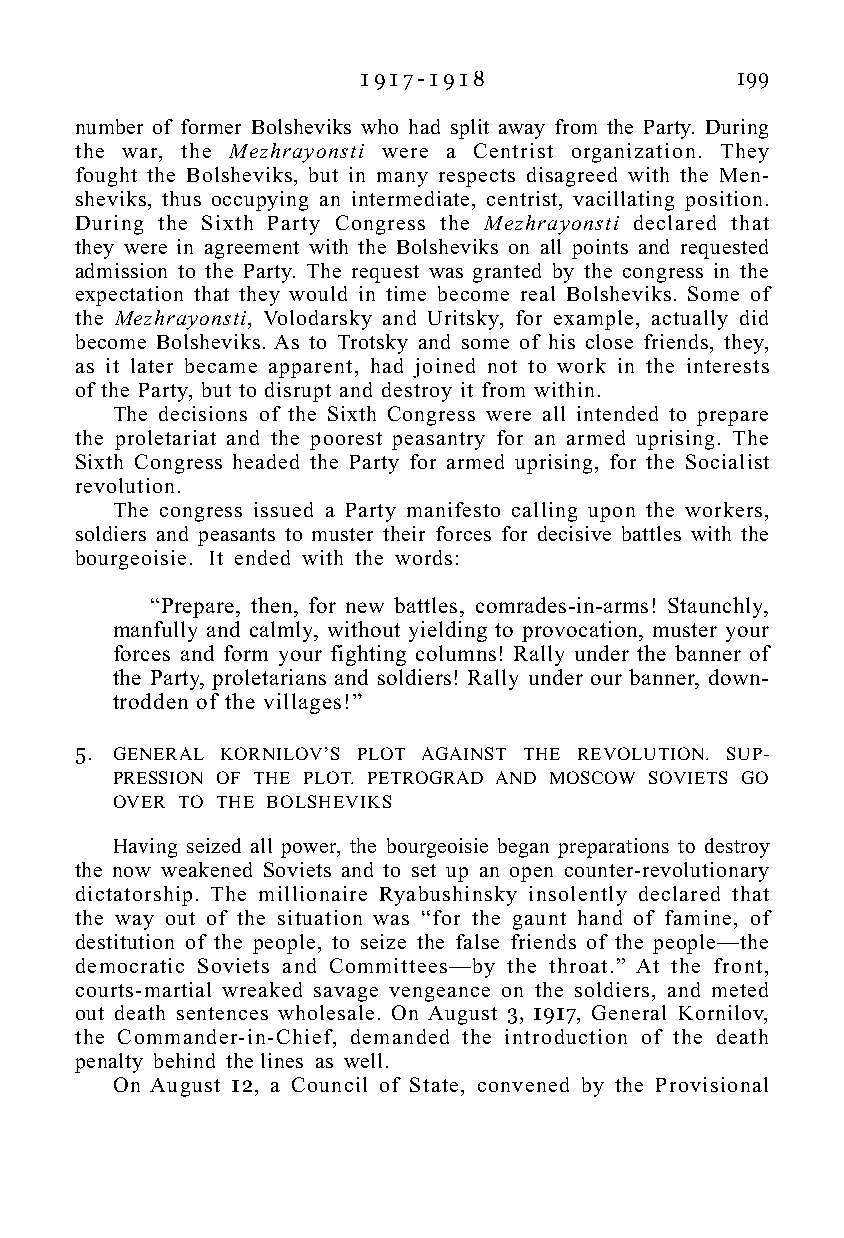
1 9 1 7 - 1 9 1 8        199
 number of former Bolsheviks who had split away from the Party. During
 the war, the Mezhrayonsti were a Centrist organization. They
 fought the Bolsheviks, but in many respects disagreed with the Men-
 sheviks, thus occupying an intermediate, centrist, vacillating position.
 During the Sixth Party Congress the Mezhrayonsti declared that
 they were in agreement with the Bolsheviks on all points and requested
 admission to the Party. The request was granted by the congress in the
 expectation that they would in time become real Bolsheviks. Some of
 the Mezhrayonsti, Volodarsky and Uritsky, for example, actually did
 become Bolsheviks. As to Trotsky and some of his close friends, they,
 as it later became apparent, had joined not to work in the interests
 of the Party, but to disrupt and destroy it from within.
 The decisions of the Sixth Congress were all intended to prepare
 the proletariat and the poorest peasantry for an armed uprising. The
 Sixth Congress headed the Party for armed uprising, for the Socialist
 revolution.
 The congress issued a Party manifesto calling upon the workers,
 soldiers and peasants to muster their forces for decisive battles with the
 bourgeoisie. It ended with the words:
 “Prepare, then, for new battles, comrades-in-arms! Staunchly,
 manfully and calmly, without yielding to provocation, muster your
 forces and form your fighting columns! Rally under the banner of
 the Party, proletarians and soldiers! Rally under our banner, down-
 trodden of the villages!”
 5. GENERAL KORNILOV’S PLOT AGAINST THE REVOLUTION. SUP-
 PRESSION OF THE PLOT. PETROGRAD AND MOSCOW SOVIETS GO
 OVER TO THE BOLSHEVIKS
 Having seized all power, the bourgeoisie began preparations to destroy
 the now weakened Soviets and to set up an open counter-revolutionary
 dictatorship. The millionaire Ryabushinsky insolently declared that
 the way out of the situation was “for the gaunt hand of famine, of
 destitution of the people, to seize the false friends of the people—the
 democratic Soviets and Committees—by the throat.” At the front,
 courts-martial wreaked savage vengeance on the soldiers, and meted
 out death sentences wholesale. On August 3, 1917, General Kornilov,
 the Commander-in-Chief, demanded the introduction of the death
 penalty behind the lines as well.
 On August 12, a Council of State, convened by the Provisional